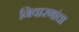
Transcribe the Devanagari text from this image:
निवारणांचा